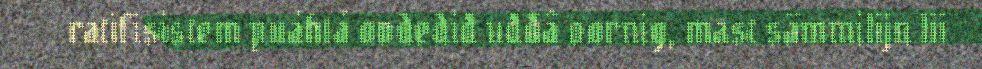
ratifisistem puáhtá ovdediđ uđđâ oornig, mast sämmilijn lii